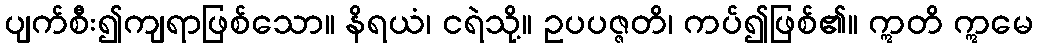
ပျက်စီး၍ကျရာဖြစ်သော။ နိရယံ၊ ငရဲသို့။ ဥပပဇ္ဇတိ၊ ကပ်၍ဖြစ်၏။ ဣတိ ဣမေ